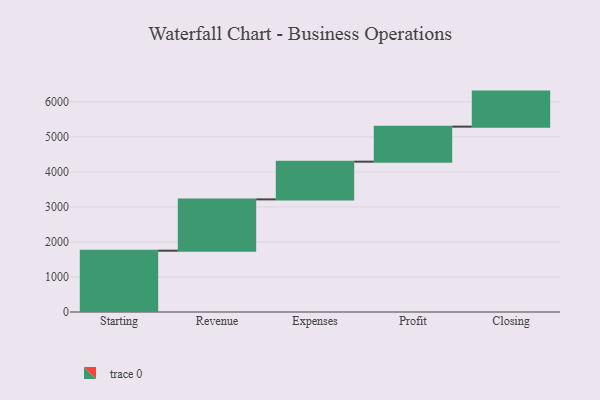
{"axis": {"x": "Step", "y": "Value"}, "legend": [""], "data": [{"x": "Starting", "y": 1750.0, "type": ""}, {"x": "Revenue", "y": 1465.0, "type": ""}, {"x": "Expenses", "y": 1077.0, "type": ""}, {"x": "Profit", "y": 1000, "type": ""}, {"x": "Closing", "y": 1000, "type": ""}]}